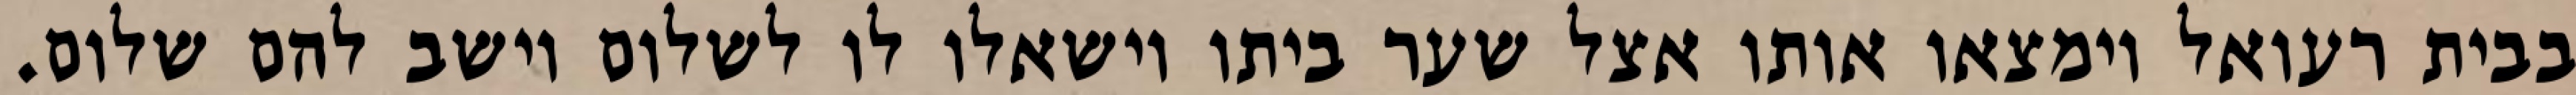
בבית רעואל וימצאו אותו אצל שער ביתו וישאלו לו לשלום וישב להם שלום.